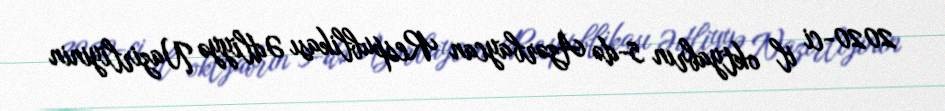
2020-ci il oktyabrın 5-də Azərbaycan Respublikası Ədliyyə Nazirliyinin